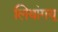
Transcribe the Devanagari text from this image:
लियांगयू